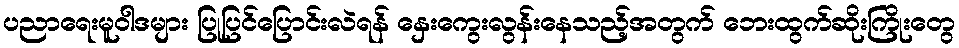
ပညာရေးမူဝါဒများ ပြုပြင်ပြောင်းလဲရန် နှေးကွေးလွန်းနေသည့်အတွက် ဘေးထွက်ဆိုးကြိုးတွေ